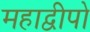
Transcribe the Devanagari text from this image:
महाद्वीपो